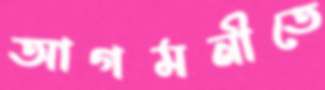
আগমনীতে